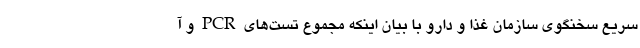
سریع سخنگوی سازمان غذا و دارو با بیان اینکه مجموع تست‌های PCR و آ